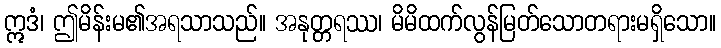
ဣဒံ၊ ဤမိန်းမ၏အရသာသည်။ အနုတ္တရဿ၊ မိမိထက်လွန်မြတ်သောတရားမရှိသော။